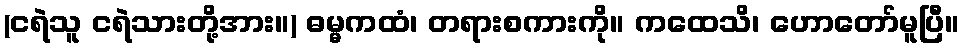
(ငရဲသူ ငရဲသားတို့အား။) ဓမ္မကထံ၊ တရားစကားကို။ ကထေသိ၊ ဟောတော်မူပြီ။